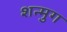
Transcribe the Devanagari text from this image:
शन्मुग